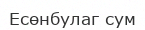
Есөнбулаг сум